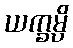
ယက္ခမ္ပိ